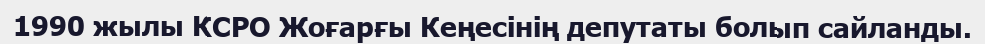
1990 жылы КСРО Жоғарғы Кеңесінің депутаты болып сайланды.